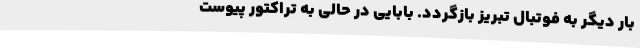
بار دیگر به فوتبال تبریز بازگردد. بابایی در حالی به تراکتور پیوست